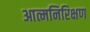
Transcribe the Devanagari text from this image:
आत्मनिरिक्षण